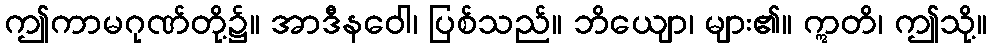
ဤကာမဂုဏ်တို့၌။ အာဒီနဝေါ၊ ပြစ်သည်။ ဘိယျော၊ များ၏။ ဣတိ၊ ဤသို့။